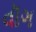
વૉગ